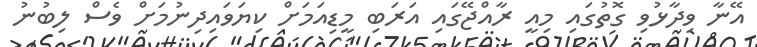
އޭނާ ވިދާޅުވި ގޮތުގައި މިއީ ރާއްޖޭގައި އަރަބި މީޑިއަމަށް ކިޔަވައިދިނުމަށް ވެސް ލިބުނު